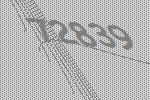
72839